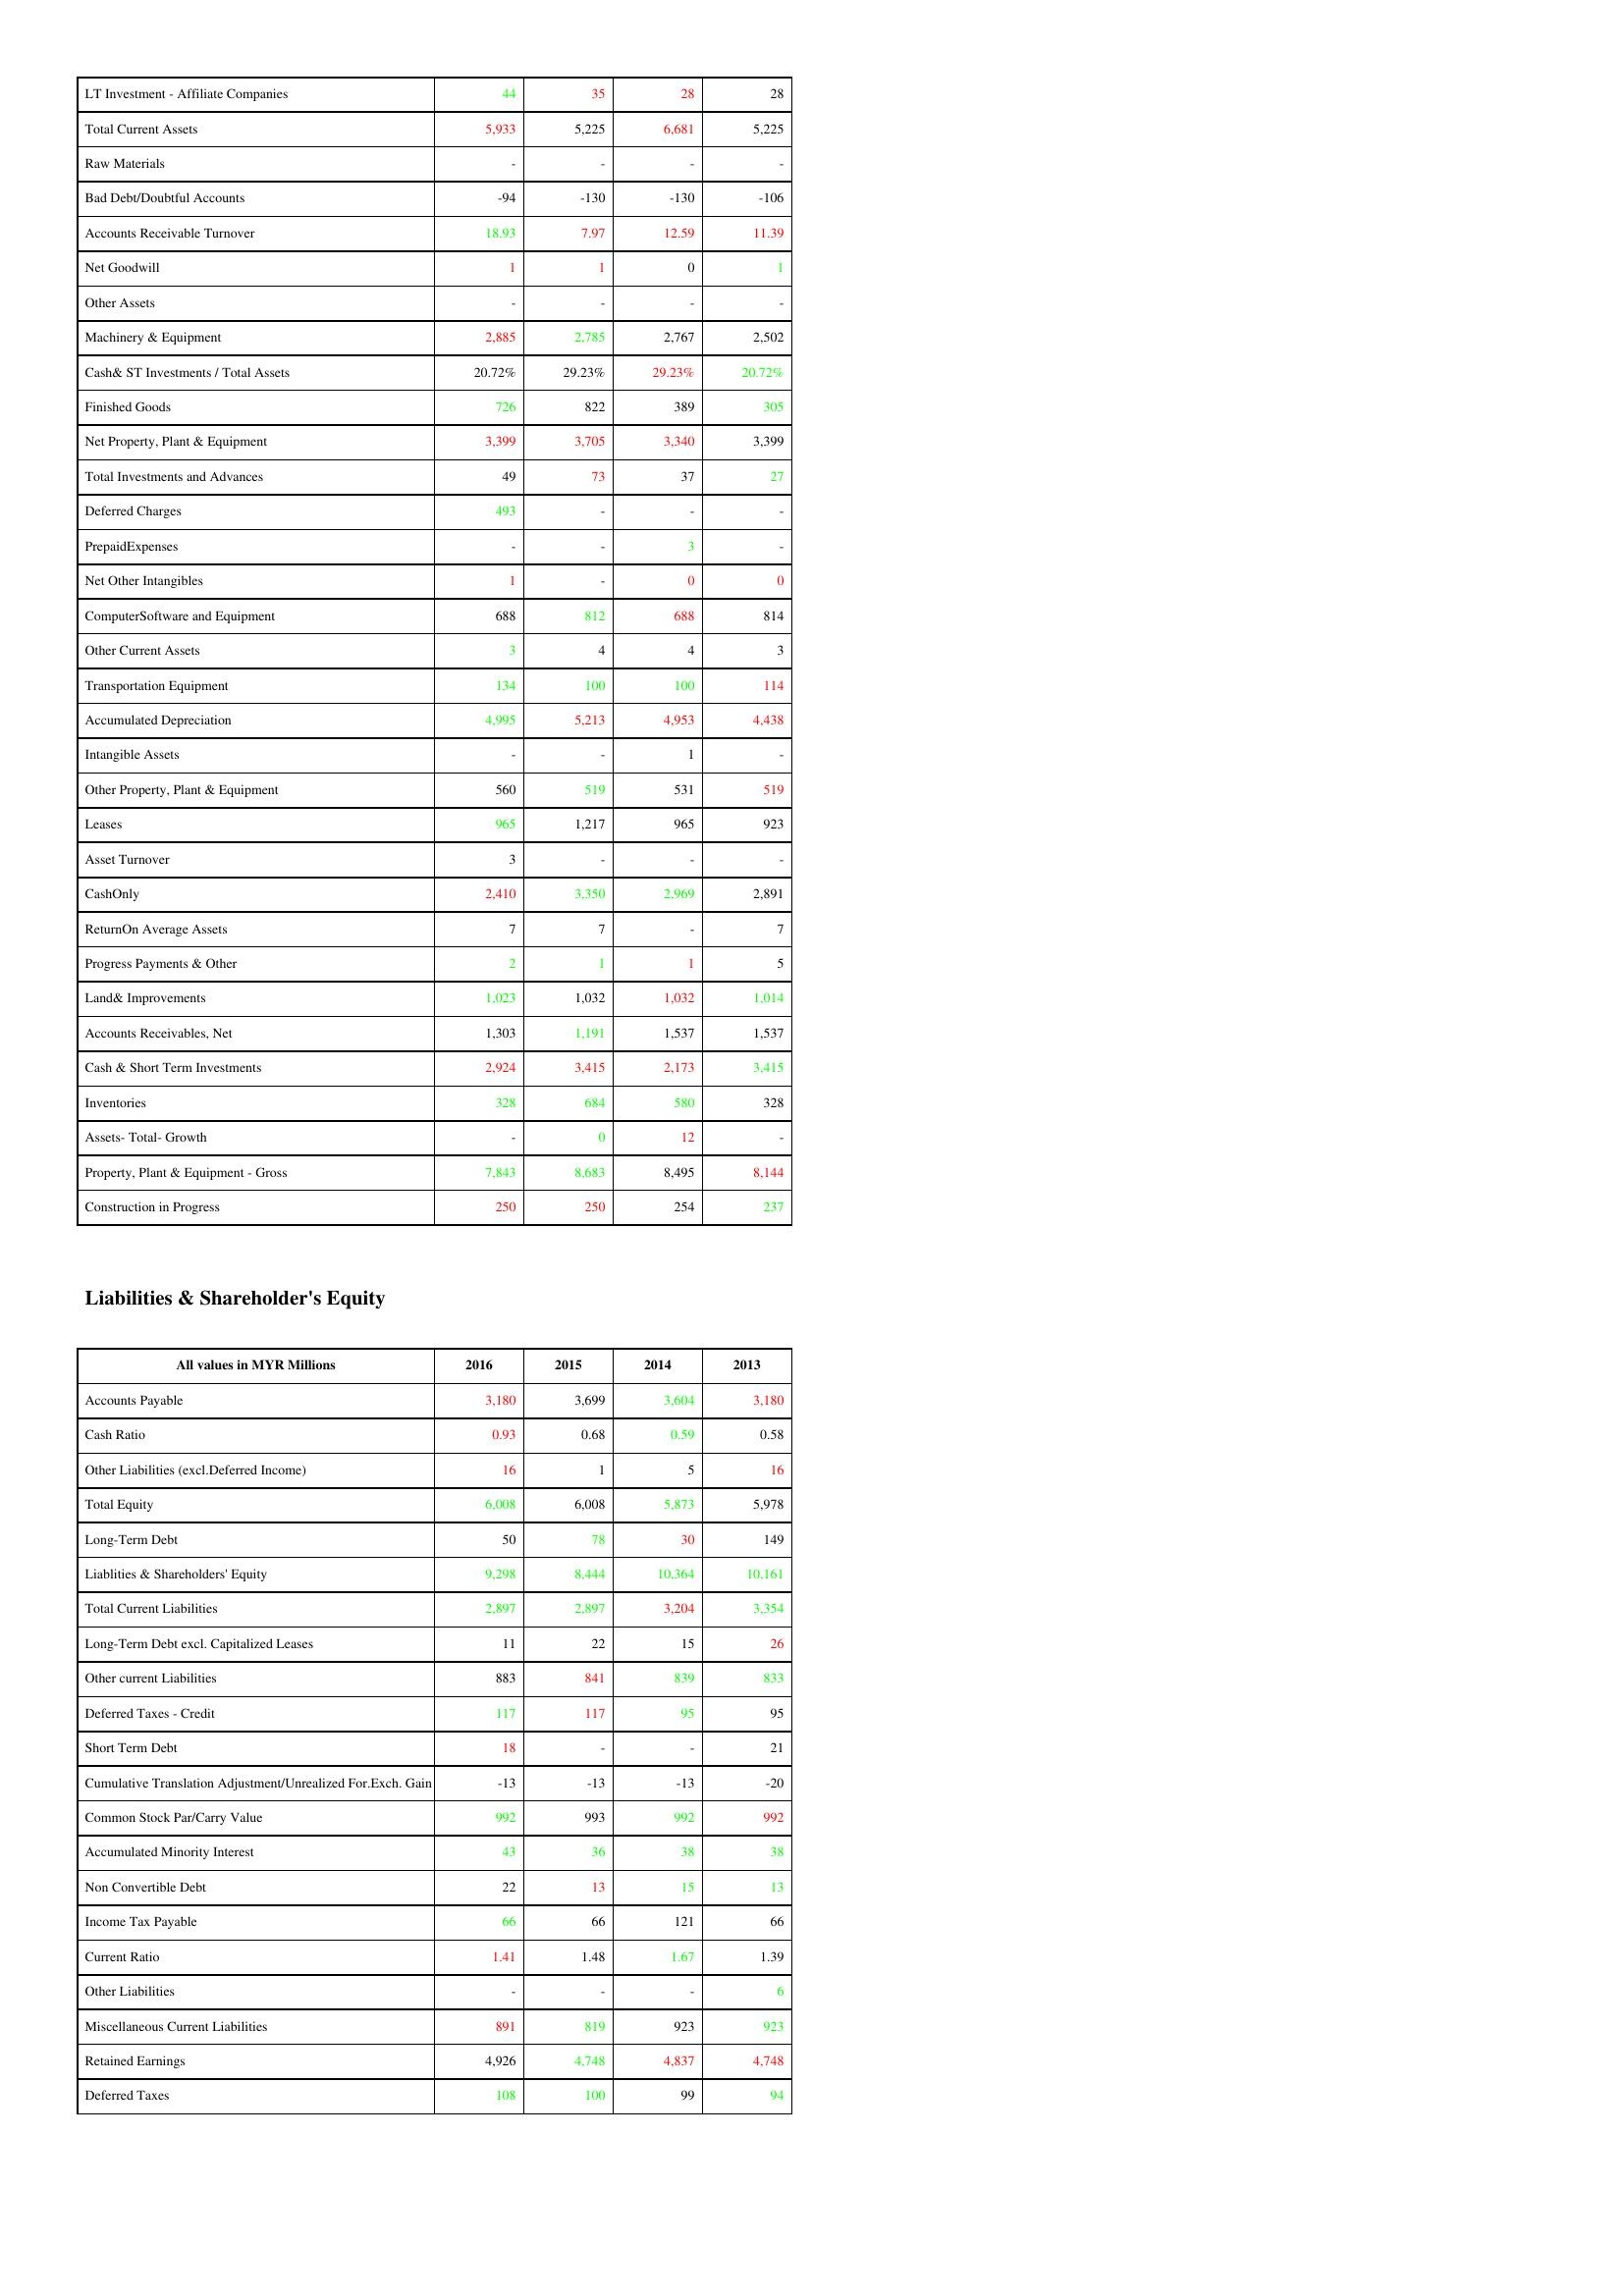
gt_parse: 2016: Assets: LT Investment - Affiliate Companies: 44
Total Current Assets: 5,933
Raw Materials: -
Bad Debt/Doubtful Accounts: -94
Accounts Receivable Turnover: 18.93
Net Goodwill: 1
Other Assets: -
Machinery & Equipment: 2,885
Cash& ST Investments / Total Assets: 20.72%
Finished Goods: 726
Net Property, Plant & Equipment: 3,399
Total Investments and Advances: 49
Deferred Charges: 493
PrepaidExpenses: -
Net Other Intangibles: 1
ComputerSoftware and Equipment: 688
Other Current Assets: 3
Transportation Equipment: 134
Accumulated Depreciation: 4,995
Intangible Assets: -
Other Property, Plant & Equipment: 560
Leases: 965
Asset Turnover: 3
CashOnly: 2,410
ReturnOn Average Assets: 7
Progress Payments & Other: 2
Land& Improvements: 1,023
Accounts Receivables, Net: 1,303
Cash & Short Term Investments: 2,924
Inventories: 328
Assets- Total- Growth: -
Property, Plant & Equipment - Gross : 7,843
Construction in Progress: 250
Liabilities & Shareholder's Equity: Accounts Payable: 3,180
Cash Ratio: 0.93
Other Liabilities (excl.Deferred Income): 16
Total Equity: 6,008
Long-Term Debt: 50
Liablities & Shareholders' Equity: 9,298
Total Current Liabilities: 2,897
Long-Term Debt excl. Capitalized Leases: 11
Other current Liabilities: 883
Deferred Taxes - Credit: 117
Short Term Debt: 18
Cumulative Translation Adjustment/Unrealized For.Exch. Gain: -13
Common Stock Par/Carry Value: 992
Accumulated Minority Interest: 43
Non Convertible Debt: 22
Income Tax Payable: 66
Current Ratio: 1.41
Other Liabilities: -
Miscellaneous Current Liabilities: 891
Retained Earnings: 4,926
Deferred Taxes: 108
2015: Assets: LT Investment - Affiliate Companies: 35
Total Current Assets: 5,225
Raw Materials: -
Bad Debt/Doubtful Accounts: -130
Accounts Receivable Turnover: 7.97
Net Goodwill: 1
Other Assets: -
Machinery & Equipment: 2,785
Cash& ST Investments / Total Assets: 29.23%
Finished Goods: 822
Net Property, Plant & Equipment: 3,705
Total Investments and Advances: 73
Deferred Charges: -
PrepaidExpenses: -
Net Other Intangibles: -
ComputerSoftware and Equipment: 812
Other Current Assets: 4
Transportation Equipment: 100
Accumulated Depreciation: 5,213
Intangible Assets: -
Other Property, Plant & Equipment: 519
Leases: 1,217
Asset Turnover: -
CashOnly: 3,350
ReturnOn Average Assets: 7
Progress Payments & Other: 1
Land& Improvements: 1,032
Accounts Receivables, Net: 1,191
Cash & Short Term Investments: 3,415
Inventories: 684
Assets- Total- Growth: 0
Property, Plant & Equipment - Gross : 8,683
Construction in Progress: 250
Liabilities & Shareholder's Equity: Accounts Payable: 3,699
Cash Ratio: 0.68
Other Liabilities (excl.Deferred Income): 1
Total Equity: 6,008
Long-Term Debt: 78
Liablities & Shareholders' Equity: 8,444
Total Current Liabilities: 2,897
Long-Term Debt excl. Capitalized Leases: 22
Other current Liabilities: 841
Deferred Taxes - Credit: 117
Short Term Debt: -
Cumulative Translation Adjustment/Unrealized For.Exch. Gain: -13
Common Stock Par/Carry Value: 993
Accumulated Minority Interest: 36
Non Convertible Debt: 13
Income Tax Payable: 66
Current Ratio: 1.48
Other Liabilities: -
Miscellaneous Current Liabilities: 819
Retained Earnings: 4,748
Deferred Taxes: 100
2014: Assets: LT Investment - Affiliate Companies: 28
Total Current Assets: 6,681
Raw Materials: -
Bad Debt/Doubtful Accounts: -130
Accounts Receivable Turnover: 12.59
Net Goodwill: 0
Other Assets: -
Machinery & Equipment: 2,767
Cash& ST Investments / Total Assets: 29.23%
Finished Goods: 389
Net Property, Plant & Equipment: 3,340
Total Investments and Advances: 37
Deferred Charges: -
PrepaidExpenses: 3
Net Other Intangibles: 0
ComputerSoftware and Equipment: 688
Other Current Assets: 4
Transportation Equipment: 100
Accumulated Depreciation: 4,953
Intangible Assets: 1
Other Property, Plant & Equipment: 531
Leases: 965
Asset Turnover: -
CashOnly: 2,969
ReturnOn Average Assets: -
Progress Payments & Other: 1
Land& Improvements: 1,032
Accounts Receivables, Net: 1,537
Cash & Short Term Investments: 2,173
Inventories: 580
Assets- Total- Growth: 12
Property, Plant & Equipment - Gross : 8,495
Construction in Progress: 254
Liabilities & Shareholder's Equity: Accounts Payable: 3,604
Cash Ratio: 0.59
Other Liabilities (excl.Deferred Income): 5
Total Equity: 5,873
Long-Term Debt: 30
Liablities & Shareholders' Equity: 10,364
Total Current Liabilities: 3,204
Long-Term Debt excl. Capitalized Leases: 15
Other current Liabilities: 839
Deferred Taxes - Credit: 95
Short Term Debt: -
Cumulative Translation Adjustment/Unrealized For.Exch. Gain: -13
Common Stock Par/Carry Value: 992
Accumulated Minority Interest: 38
Non Convertible Debt: 15
Income Tax Payable: 121
Current Ratio: 1.67
Other Liabilities: -
Miscellaneous Current Liabilities: 923
Retained Earnings: 4,837
Deferred Taxes: 99
2013: Assets: LT Investment - Affiliate Companies: 28
Total Current Assets: 5,225
Raw Materials: -
Bad Debt/Doubtful Accounts: -106
Accounts Receivable Turnover: 11.39
Net Goodwill: 1
Other Assets: -
Machinery & Equipment: 2,502
Cash& ST Investments / Total Assets: 20.72%
Finished Goods: 305
Net Property, Plant & Equipment: 3,399
Total Investments and Advances: 27
Deferred Charges: -
PrepaidExpenses: -
Net Other Intangibles: 0
ComputerSoftware and Equipment: 814
Other Current Assets: 3
Transportation Equipment: 114
Accumulated Depreciation: 4,438
Intangible Assets: -
Other Property, Plant & Equipment: 519
Leases: 923
Asset Turnover: -
CashOnly: 2,891
ReturnOn Average Assets: 7
Progress Payments & Other: 5
Land& Improvements: 1,014
Accounts Receivables, Net: 1,537
Cash & Short Term Investments: 3,415
Inventories: 328
Assets- Total- Growth: -
Property, Plant & Equipment - Gross : 8,144
Construction in Progress: 237
Liabilities & Shareholder's Equity: Accounts Payable: 3,180
Cash Ratio: 0.58
Other Liabilities (excl.Deferred Income): 16
Total Equity: 5,978
Long-Term Debt: 149
Liablities & Shareholders' Equity: 10,161
Total Current Liabilities: 3,354
Long-Term Debt excl. Capitalized Leases: 26
Other current Liabilities: 833
Deferred Taxes - Credit: 95
Short Term Debt: 21
Cumulative Translation Adjustment/Unrealized For.Exch. Gain: -20
Common Stock Par/Carry Value: 992
Accumulated Minority Interest: 38
Non Convertible Debt: 13
Income Tax Payable: 66
Current Ratio: 1.39
Other Liabilities: 6
Miscellaneous Current Liabilities: 923
Retained Earnings: 4,748
Deferred Taxes: 94